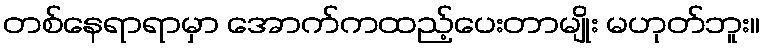
တစ်နေရာရာမှာ အောက်ကထည့်ပေးတာမျိုး မဟုတ်ဘူး။